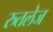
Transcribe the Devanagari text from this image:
रुतलेज